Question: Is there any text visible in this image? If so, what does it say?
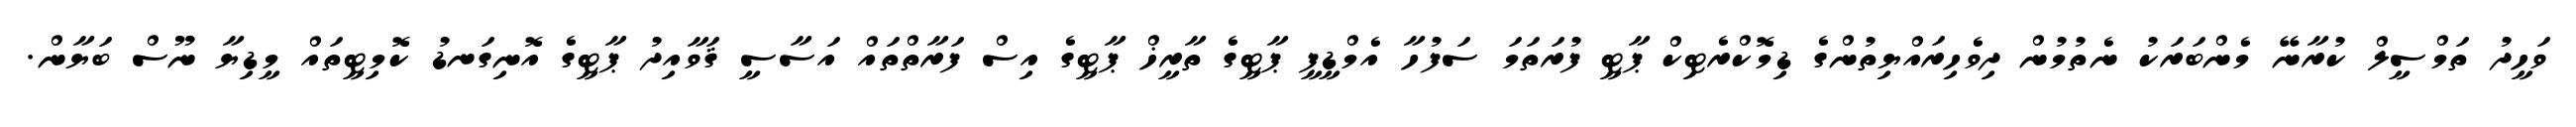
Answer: ވަހީދު ތަމްސީލް ކުރާނޭ މެންބަރަކު ނެތުމުން ދިވެހިރައްޔިތުންގެ ޑިމޮކްރެޓިކް ޕާޓީ ފުރަތަމަ ސަފުހާ އެމްޑީޕީ ޕާޓީގެ ތާރީޚް ޕާޓީގެ އިސް ފަރާތްތައް އަސާސީ ޤަވާއިދު ޕާޓީގެ އޮނިގަނޑު ކޮމިޓީތައް މީޑިޔާ ނޫސް ބަޔާން.